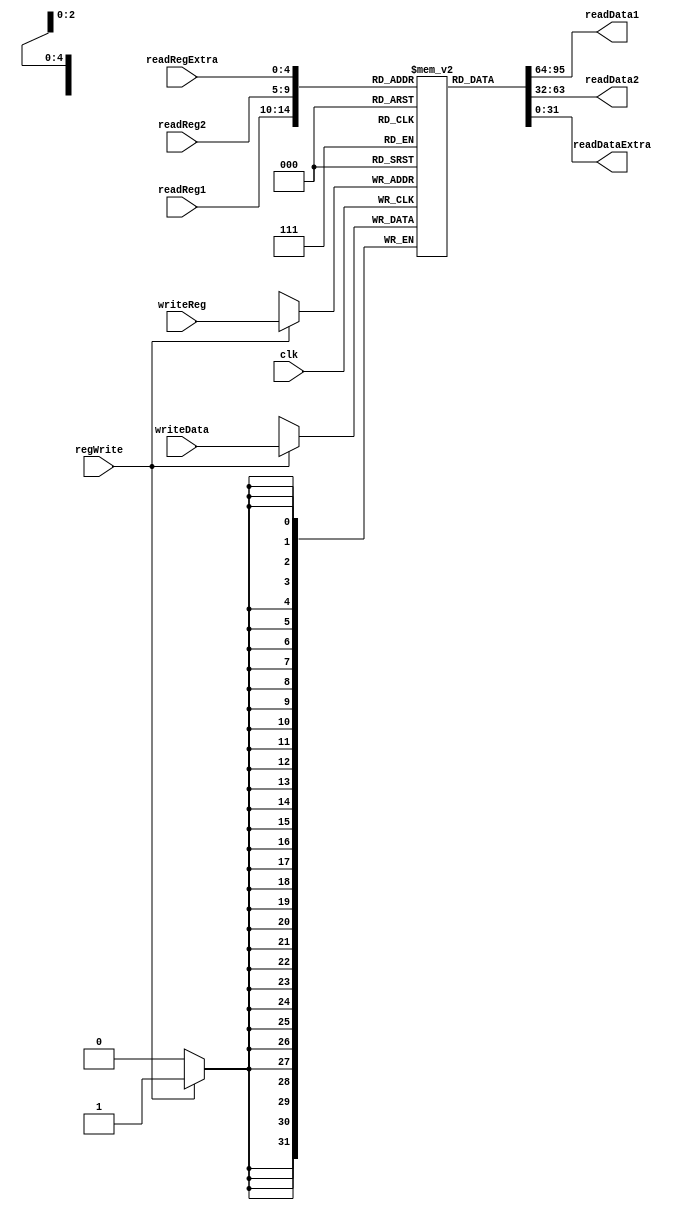
`ifndef MODULE_REGISTERFILE
`define MODULE_REGISTERFILE
`timescale 1ns / 1ps
//////////////////////////////////////////////////////////////////////////////////
// Company: 
// Engineer: 
// 
// Design Name: 
// Module Name: Register
// Project Name: 
// Target Devices: 
// Tool Versions: 
// Description: 
// 
// Dependencies: 
// 
// Revision:
// Revision 0.01 - File Created
// Additional Comments:
// 

module registerFile (clk, regWrite, readReg1, readReg2, readRegExtra, writeReg, readData1, readData2, readDataExtra, writeData);
    input clk, regWrite;
    input[4:0] readReg1, readReg2, readRegExtra;
    input[4:0] writeReg;
    output[31:0] readData1, readData2, readDataExtra;
    input[31:0] writeData;
    reg [31:0] registers [0:31];
    integer i;

    initial begin
        for (i = 0; i < 32; i = i + 1)
            registers[i] = 32'b0;
    end

    always @ (posedge clk)
    begin
        if (regWrite == 1)
            registers[writeReg] <= writeData;
    end
    
    assign readData1 = registers[readReg1];
    assign readData2 = registers[readReg2];
    assign readDataExtra = registers[readRegExtra];
endmodule

`endif